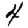
Digit: 4